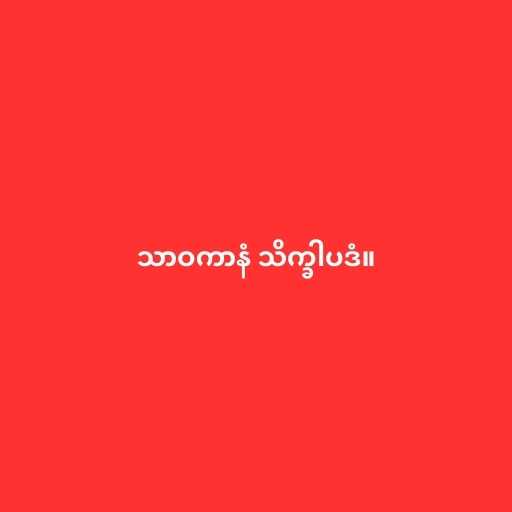
သာဝကာနံ သိက္ခါပဒံ။